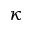
\kappa